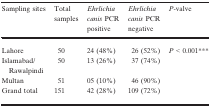
| Sampling sites | Total samples | Ehrlichia canis PCR positive | Ehrlichia canis PCR negative | P‐valve |
 | --- | --- | --- | --- | --- |
 | Lahore | 50 | 24 (48%) | 26 (52%) | <ROWSPAN=4> P < 0.001*** |
 | Islamabad/Rawalpindi | 50 | 13 (26%) | 37 (74%) |
 | Multan | 51 | 05 (10%) | 46 (90%) |
 | Grand total | 151 | 42 (28%) | 109 (72%) |